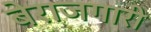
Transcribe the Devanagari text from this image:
बेराजगारी